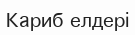
Кариб елдері